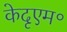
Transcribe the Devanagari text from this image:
केदृएम॰